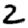
Digit: 2